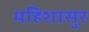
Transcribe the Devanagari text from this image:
महिशासुर